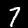
Label: 7